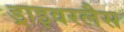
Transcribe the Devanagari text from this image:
ड्राइवरलैस